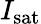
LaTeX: I_{\mathrm{sat}}